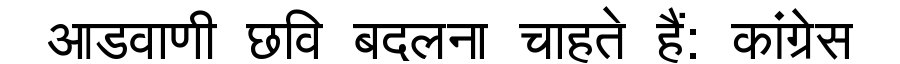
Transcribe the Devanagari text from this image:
आडवाणी छवि बदलना चाहते हैं: कांग्रेस